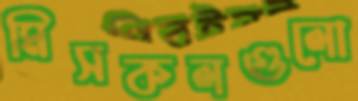
মিসকলগুলো